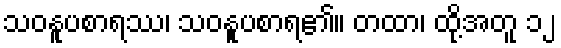
သဝနူပစာရဿ၊ သဝနူပစာရ၏။ တထာ၊ ထို့အတူ ၁၂